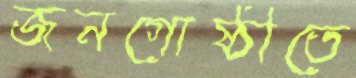
জনগোষ্ঠীতে